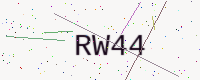
Text: RW44